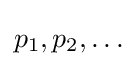
p_{1},p_{2},\ldots